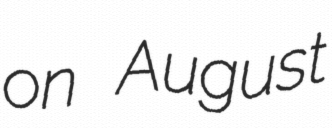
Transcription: on August